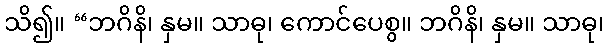
သိ၍။ “ဘဂိနိ၊ နှမ။ သာဓု၊ ကောင်ပေစွ။ ဘဂိနိ၊ နှမ။ သာဓု၊